Treatise on elephants
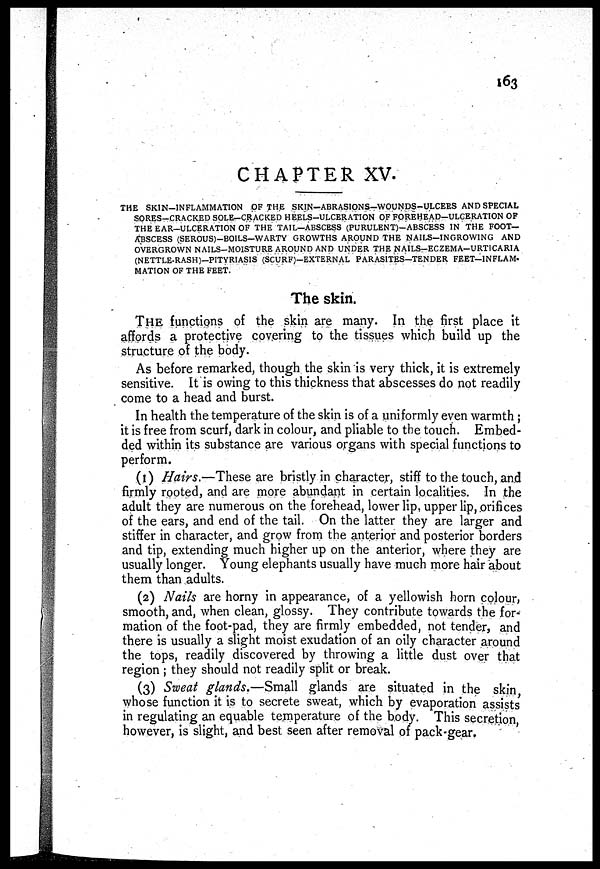
CHAPTER XV.
THE SKIN-INFLAMMATION OF THE SKIN-ABRASIONS-WOUNDS-ULCERS AND SPECIAL
SORES-CRACKED SOLE-CRACKED HEELS-ULCERATION OF FOREHEAD—ULCERATION OF
THE EAR-ULCERATION OF THE TAIL—ABSCESS (PURULENT)-ABSCESS IN THE FOOT-
ABSCESS (SEROUS)-BOILS—WARTY GROWTHS AROUND THE NAILS-INGROWING AND
OVERGROWN NAILS-MOISTURE AROUND AND UNDER THE NAILS-ECZEMA-URTICARIA
(NETTLE-RASH)-PITYRIASIS (SCURF)-EXTERNAL PARASITES-TENDER FEET-INFLAM-
MATION OF THE FEET.
The skin.
THE functions of the skin are many. In the first place it
affords a protective covering to the tissues which build up the
structure of the body.
As before remarked, though the skin is very thick, it is extremely
sensitive. It is owing to this thickness that abscesses do not readily
come to a head and burst.
In health the temperature of the skin is of a uniformly even warmth ;
it is free from scurf, dark in colour, and pliable to the touch. Embed-
ded within its substance are various organs with special functions to
perform.
(1) Hairs.—These are bristly in character, stiff to the touch, and
firmly rooted, and are more abundant in certain localities. In the
adult they are numerous on the forehead, lower lip, upper lip, orifices
of the ears, and end of the tail. On the latter they are larger and
stiffer in character, and grow from the anterior and posterior borders
and tip, extending much higher up on the anterior, where they are
usually longer. Young elephants usually have much more hair about
them than adults.
(2) Nails are horny in appearance, of a yellowish horn colour,
smooth, and, when clean, glossy. They contribute towards the for-
mation of the foot-pad, they are firmly embedded, not tender, and
there is usually a slight moist exudation of an oily character around
the tops, readily discovered by throwing a little dust over that
region; they should not readily split or break.
(3) Sweat glands,—Small glands are situated in the skin
whose function it is to secrete sweat, which by evaporation assists
in regulating an equable temperature of the body. This secretion
however, is slight, and best seen after removal of pack-gear.